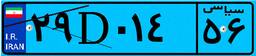
۲۹D۰۱۴۵۶